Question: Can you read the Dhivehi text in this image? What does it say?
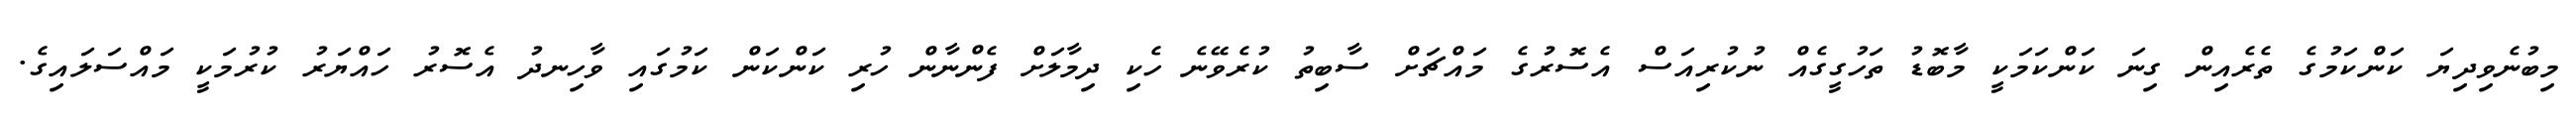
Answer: މިބުނެވިދިޔަ ކަންކަމުގެ ތެރެއިން ގިނަ ކަންކަމަކީ މާބޮޑު ތަހުގީގެއް ނުކުރިއަސް އެސޮރުގެ މައްޗަށް ސާބިތު ކުރެވޭނެ ހެކި ދިމާލަށް ފެންނާން ހުރި ކަންކަން ކަމުގައި ވާހިނދު އެސޮރު ހައްޔަރު ކުރުމަކީ މައްސަލައިގެ.